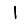
Digit: 1